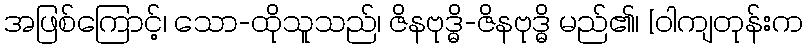
အဖြစ်ကြောင့်၊ သော-ထိုသူသည်၊ ဇိနဗုဒ္ဓိ-ဇိနဗုဒ္ဓိ မည်၏၊ [ဝါကျတုန်းက